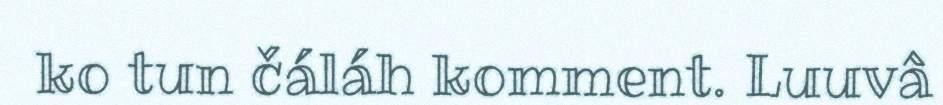
ko tun čáláh komment. Luuvâ